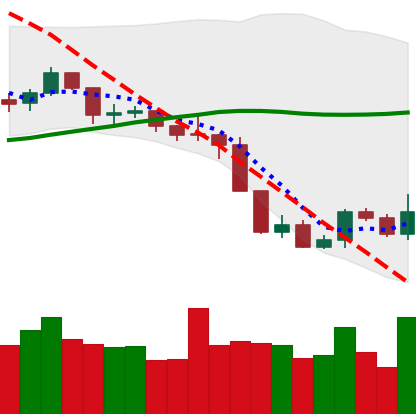
Ticker: BNB-USD
Chart end date: 2019-09-05
Forward return: -3.734%
Label: down_3_5